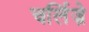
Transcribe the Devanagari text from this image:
चर्लिज़े